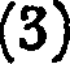
(3)